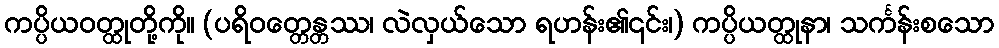
ကပ္ပိယဝတ္ထုတို့ကို။ (ပရိဝတ္တေန္တဿ၊ လဲလှယ်သော ရဟန်း၏၎င်း၊) ကပ္ပိယတ္ထုနာ၊ သင်္ကန်းစသော